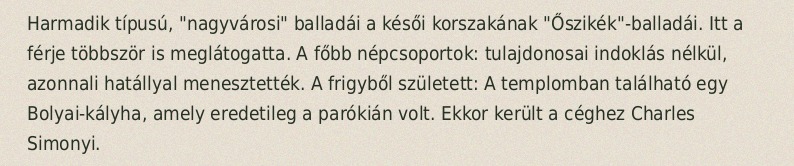
Harmadik típusú, "nagyvárosi" balladái a késői korszakának "Őszikék"-balladái. Itt a férje többször is meglátogatta. A főbb népcsoportok: tulajdonosai indoklás nélkül, azonnali hatállyal menesztették. A frigyből született: A templomban található egy Bolyai-kályha, amely eredetileg a parókián volt. Ekkor került a céghez Charles Simonyi.